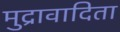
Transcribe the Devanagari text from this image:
मुद्रावादिता